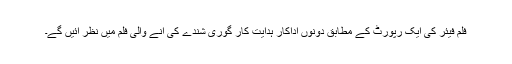
فلم فیئر کی ایک رپورٹ کے مطابق دونوں اداکار ہدایت کار گوری شندے کی آنے والی فلم میں نظر آئیں گے۔